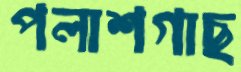
পলাশগাছ